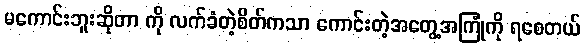
မကောင်းဘူးဆိုတာ ကို လက်ခံတဲ့စိတ်ကသာ ကောင်းတဲ့အတွေ့အကြုံကို ရစေတယ်